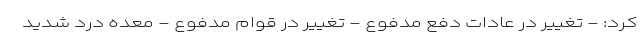
کرد: - تغییر در عادات دفع مدفوع - تغییر در قوام مدفوع - معده درد شدید